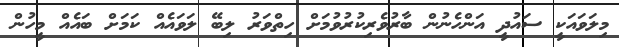
މިލަވައަކީ ސައުދީ އަންހެނުން ބާރުވެރިކުރުވުމަށް ހިތްވަރު ލިބޭ ލަވައެއް ކަމަށް ބައެއް މީހުން